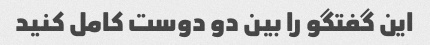
این گفتگو را بین دو دوست کامل کنید